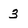
Character: 3